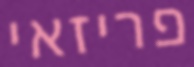
פריזאי